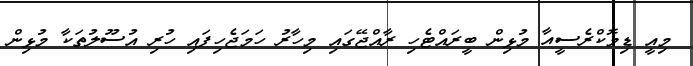
މިއީ ޑިމޮކްރެސީއާ މުޅިން ބީރައްޓެހި ރާއްޖޭގައި މިހާރު ހަމަޖެހިފައި ހުރި އުސޫލުތަކާ މުޅިން